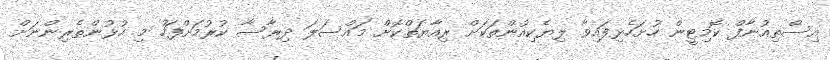
އިސްތިއުނާފް ކޮމިޓީން ހުށަހެޅިފައިވާ ލިޔެކިއުންތަކަށް ރިއާޔަތްކޮށް މައްސަލަ ދިރާސާ ކުރުމަށްފަހު މި ކުޅުންތެރިންނަށް